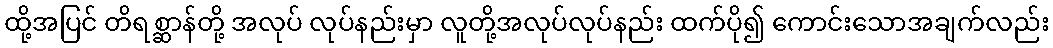
ထို့အပြင် တိရစ္ဆာန်တို့ အလုပ် လုပ်နည်းမှာ လူတို့အလုပ်လုပ်နည်း ထက်ပို၍ ကောင်းသောအချက်လည်း